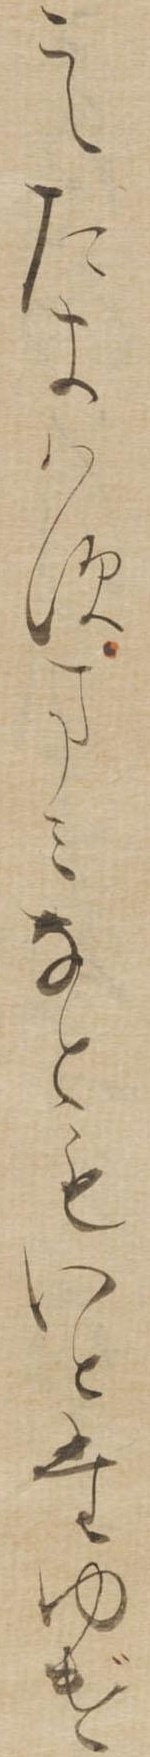
こえたまはすまみなともいとたゆげ